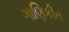
ગાણિકીત